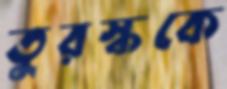
তুরস্ককে